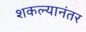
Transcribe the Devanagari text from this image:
शकल्यानंतर